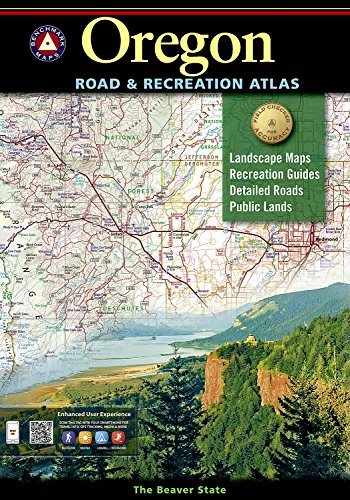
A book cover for Oregon Road and Recreation Atlas (Benchmark Atlas); Benchmark Maps; Reference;